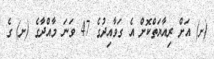
(ށ) އަށް ރިއާޔަތްކޮށް އެ ގަވާއިދުގެ 47 ވަނަ މާއްދާގެ (ށ) ގެ